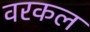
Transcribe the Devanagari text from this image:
वरकल